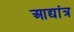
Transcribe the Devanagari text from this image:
आद्यांत्र